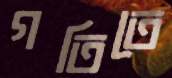
গতিতে